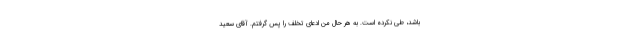
باشد، طی نکرده است. به هر حال من ادعای تخلف را پس گرفتم. آقای سعید